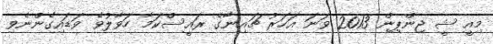
މިއީ ޝީ ޖިންޕިން 2013 ވަނަ އަހަރު ޗައިނާގެ ރައީސްކަމާ ހަވާލުވެ ވަޑައިގެންނެވި